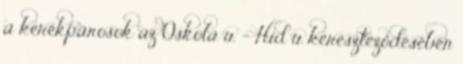
a kerékpárosok az Oskola u. - Híd u. kereszteződésében